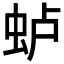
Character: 𫊮